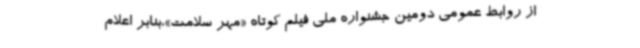
از روابط عمومی دومین جشنواره ملی فیلم کوتاه «مهر سلامت»،بنابر اعلام